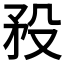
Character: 𥍟